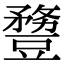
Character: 𧰈